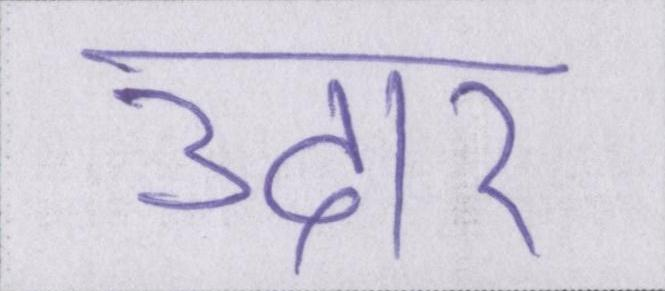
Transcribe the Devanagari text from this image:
उदार